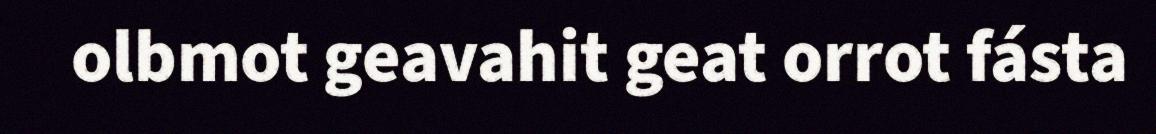
olbmot geavahit geat orrot fásta